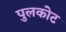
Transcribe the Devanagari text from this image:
पुलकोट